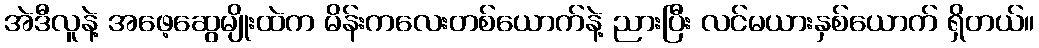
အဲဒီလူနဲ့ အဖေ့ဆွေမျိုးထဲက မိန်းကလေးတစ်ယောက်နဲ့ ညားပြီး လင်မယားနှစ်ယောက် ရှိတယ်။